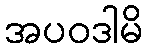
အပဝဒါမိ